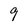
Character: 9